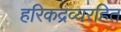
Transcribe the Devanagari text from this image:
हरिकद्रव्यरहित